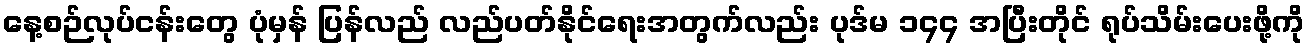
နေ့စဉ်လုပ်ငန်းတွေ ပုံမှန် ပြန်လည် လည်ပတ်နိုင်ရေးအတွက်လည်း ပုဒ်မ ၁၄၄ အပြီးတိုင် ရုပ်သိမ်းပေးဖို့ကို